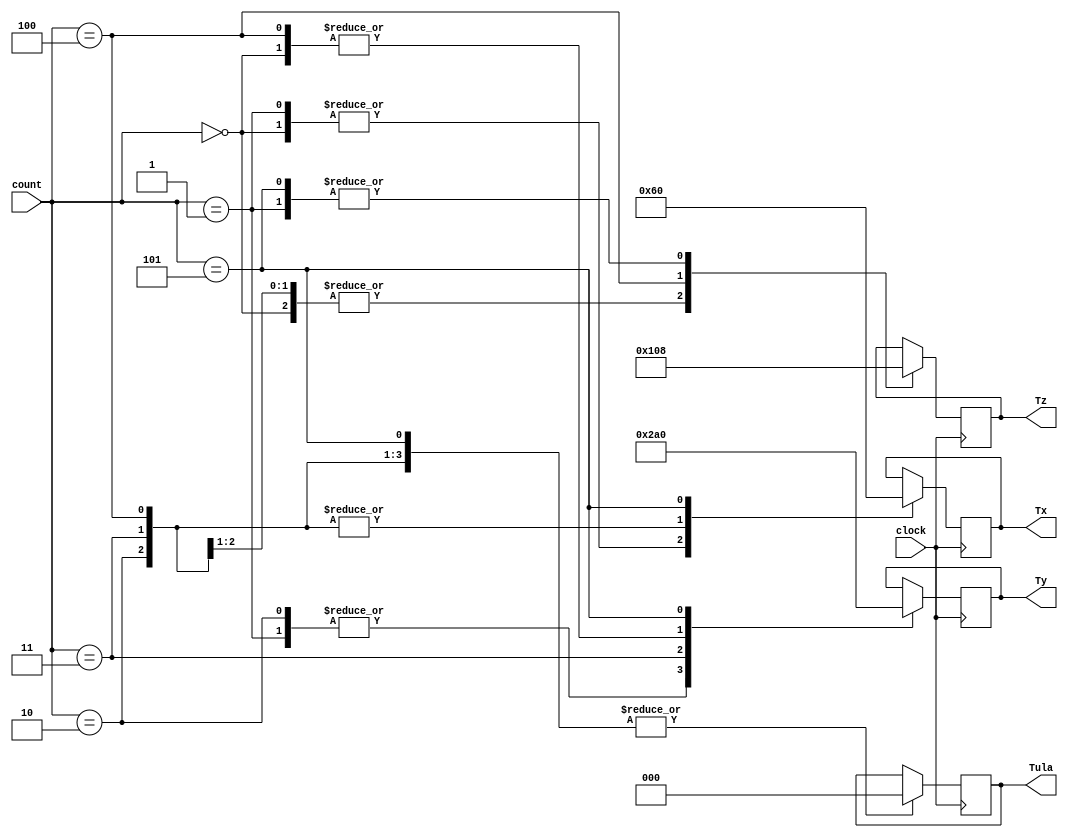
module controle(clock, count, Tx, Ty, Tz, Tula);

input wire clock;

input wire [3:0] count;

output reg [2:0] Tula;
output reg [2:0] Tx;
output reg [2:0] Ty;
output reg [2:0] Tz;

parameter HOLD = 3'b000;
parameter LOAD = 3'b001;
parameter SHIFTR = 3'b010;
parameter SHIFTL = 3'b011;
parameter RESET = 3'b100;

parameter ADD = 3'b000;
parameter SUB = 3'b001;
parameter MAIOR  = 3'b010;
parameter MENOR = 3'b011;
parameter IGUAL = 3'b100;
parameter XOR = 3'b101;
parameter AND = 3'b110;

always @(posedge clock) begin
	case(count)
		4'b0000 : begin
			Ty <= RESET;
			Tx <= LOAD;
			Tz <= RESET;
			Tula <= ADD;
			end
			
		4'b0001 : begin
			Ty <= LOAD;
			Tx <= LOAD;
			Tz <= HOLD;
			Tula <= ADD;
			end
			
		4'b0010 : begin
			Ty <= LOAD;
			Tx <= RESET;
			Tz <= RESET;
			Tula <= ADD;
			end
			
		4'b0011 : begin
			Tx <= RESET;
			Ty <= SHIFTR;
			Tz <= RESET;
			Tula <= ADD;
			end
			
		4'b0100 : begin
			Tx <= RESET;
			Ty <= RESET;
			Tz <= LOAD;
			Tula <= ADD;
			end
		4'b0101 : begin
			Tx <= HOLD;
			Ty <= HOLD;
			Tz <= HOLD;
			Tula <= ADD;
			end	
				
	endcase
end
endmodule